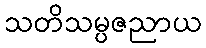
သတိသမ္ပဇညာယ